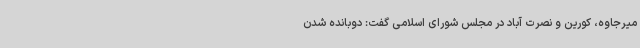
میرجاوه، کورین و نصرت آباد در مجلس شورای اسلامی گفت: دوبانده شدن